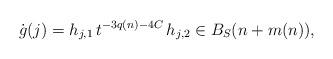
LaTeX: \begin{align*} \dot g(j) = h_{j,1} \, t^{-3q(n)-4C} \, h_{j,2} \in B_S(n + m(n) ), \end{align*}